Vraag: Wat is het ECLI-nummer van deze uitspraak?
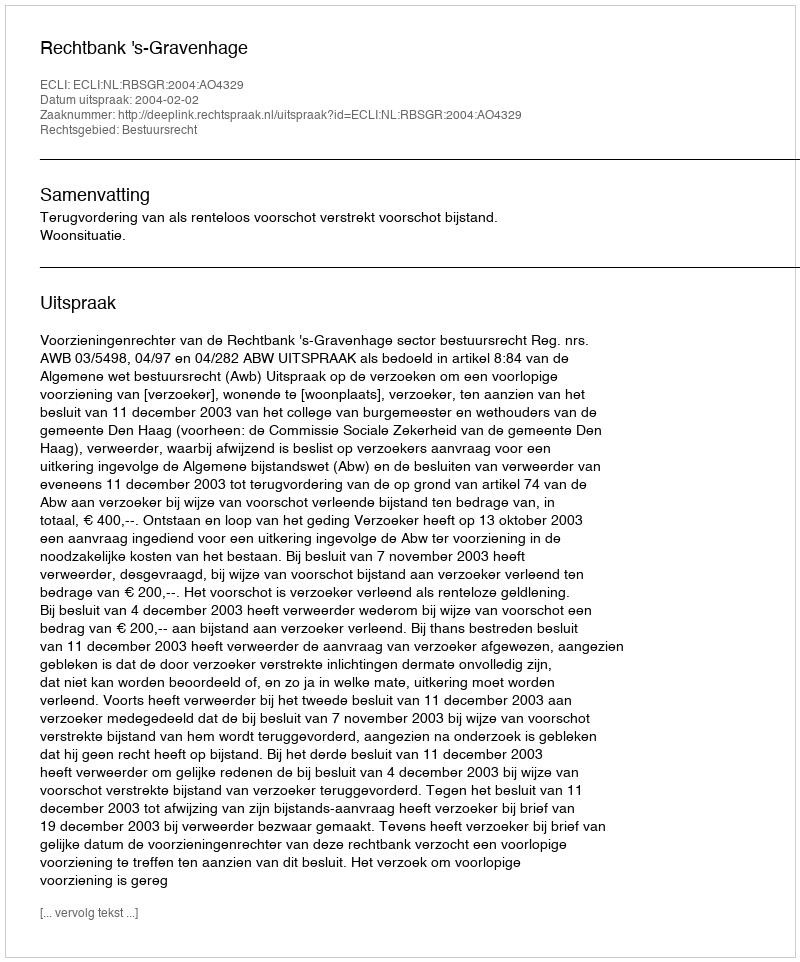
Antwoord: ECLI:NL:RBSGR:2004:AO4329